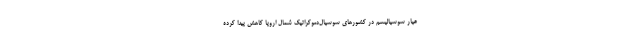
عیار سوسیالیسم در کشورهای سوسیال‌دموکراتیک شمال اروپا کاهش پیدا کرده